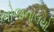
ભોજનાલયો